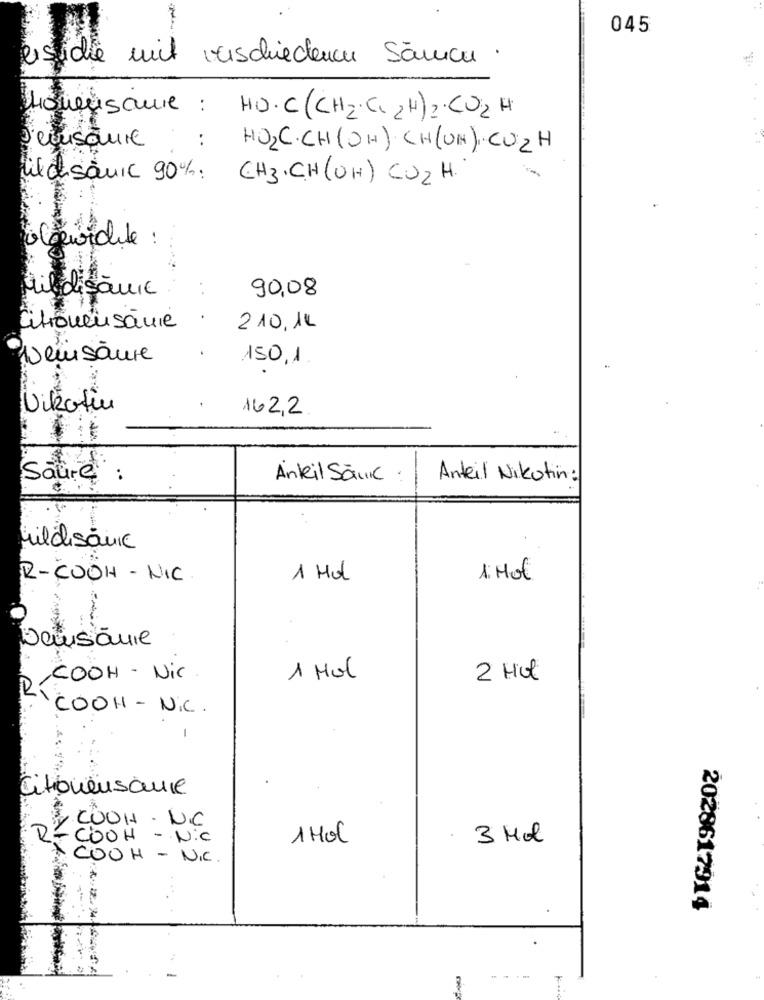
045
ersiche mit verschiedenen Säman .
Querisque : HO.C(CH2.CL2H)2.CO2 H
J'ensaure
: HO2C.CH(OH) CH(UN).CO2H
WildhisQuic 90%: CH3.CH(OH) CO2 H.
aliordite :
Mildisanie
90,08
Citronensäure
210,14
Neusäure
150,1
Nikotin
162,2
Säure :
Anteil Säure :
Anteil Nikotin:
bildisäure
R- COOH - NIC
1 MdL
1: Mot
Desäure
COOH - Nic
1 Mol
2 Hol
COOH - NIC.
-
Citronensanie
COOH . N.C
D
- COOH - N:C
1 Hol
3 Mol
COOH - N.C.
2028617914
-